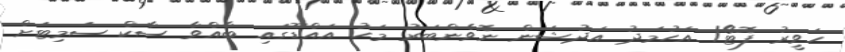
ހަވީރު ފޮޓޯ/ އަހުމަދު އަދުޝަން ނޮވެންބަރު މަހު އައްޑޫގައި ބާއްވާ ސާކް ސަމިޓަށް